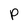
Character: P